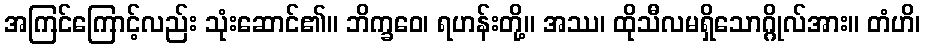
အကြင်ကြောင့်လည်း သုံးဆောင်၏။ ဘိက္ခဝေ၊ ရဟန်းတို့။ အဿ၊ ထိုသီလမရှိသောဂ္ဂိုလ်အား။ တံဟိ၊